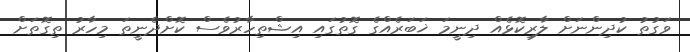
ވަގުތު ކުދިންނަށް ލާރިކޮޅެއް ދިނީމަ ޚަބަރެއްގެ ގޮތުގައި އިޝްތިހާރުވެސް ކޮށްދެނީތަ މިހާރު ތިގޮތަށް